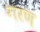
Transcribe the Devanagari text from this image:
गरण